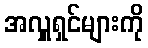
အလှူရှင်များကို